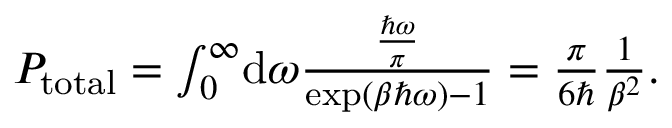
\begin{array} { r } { P _ { \mathrm { t o t a l } } = \int _ { 0 } ^ { \infty } \! \mathrm { d } \omega \frac { \frac { \hbar \omega } { \pi } } { \exp \left( \beta \hbar \omega \right) - 1 } = \frac { \pi } { 6 \hbar } \frac { 1 } { \beta ^ { 2 } } . } \end{array}